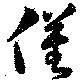
僅